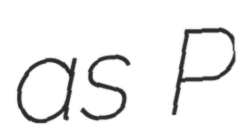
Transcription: as P